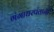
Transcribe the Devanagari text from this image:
गंगाधरपंतानी